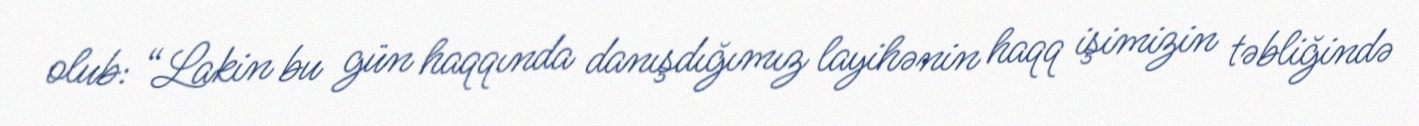
olub: “Lakin bu gün haqqında danışdığımız layihənin haqq işimizin təbliğində